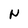
Character: N